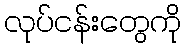
လုပ်ငန်းတွေကို